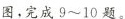
图，完成9~10题。